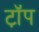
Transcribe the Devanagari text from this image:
ट़ॉप